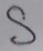
Text: S